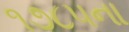
૧૭૮૫ના